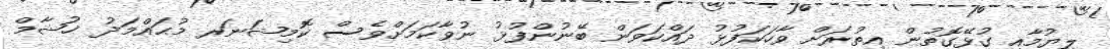
ލިޔުމާއި ގުޅޭގޮތުން އިތުރަށް ވާހަކަފުޅު ދައްކަވަން ބޭނުންފުޅު ނުވާކަމަށްވެސް ކޮމިޝަނަރ މުޙައްމަދު ޚުޝާމް